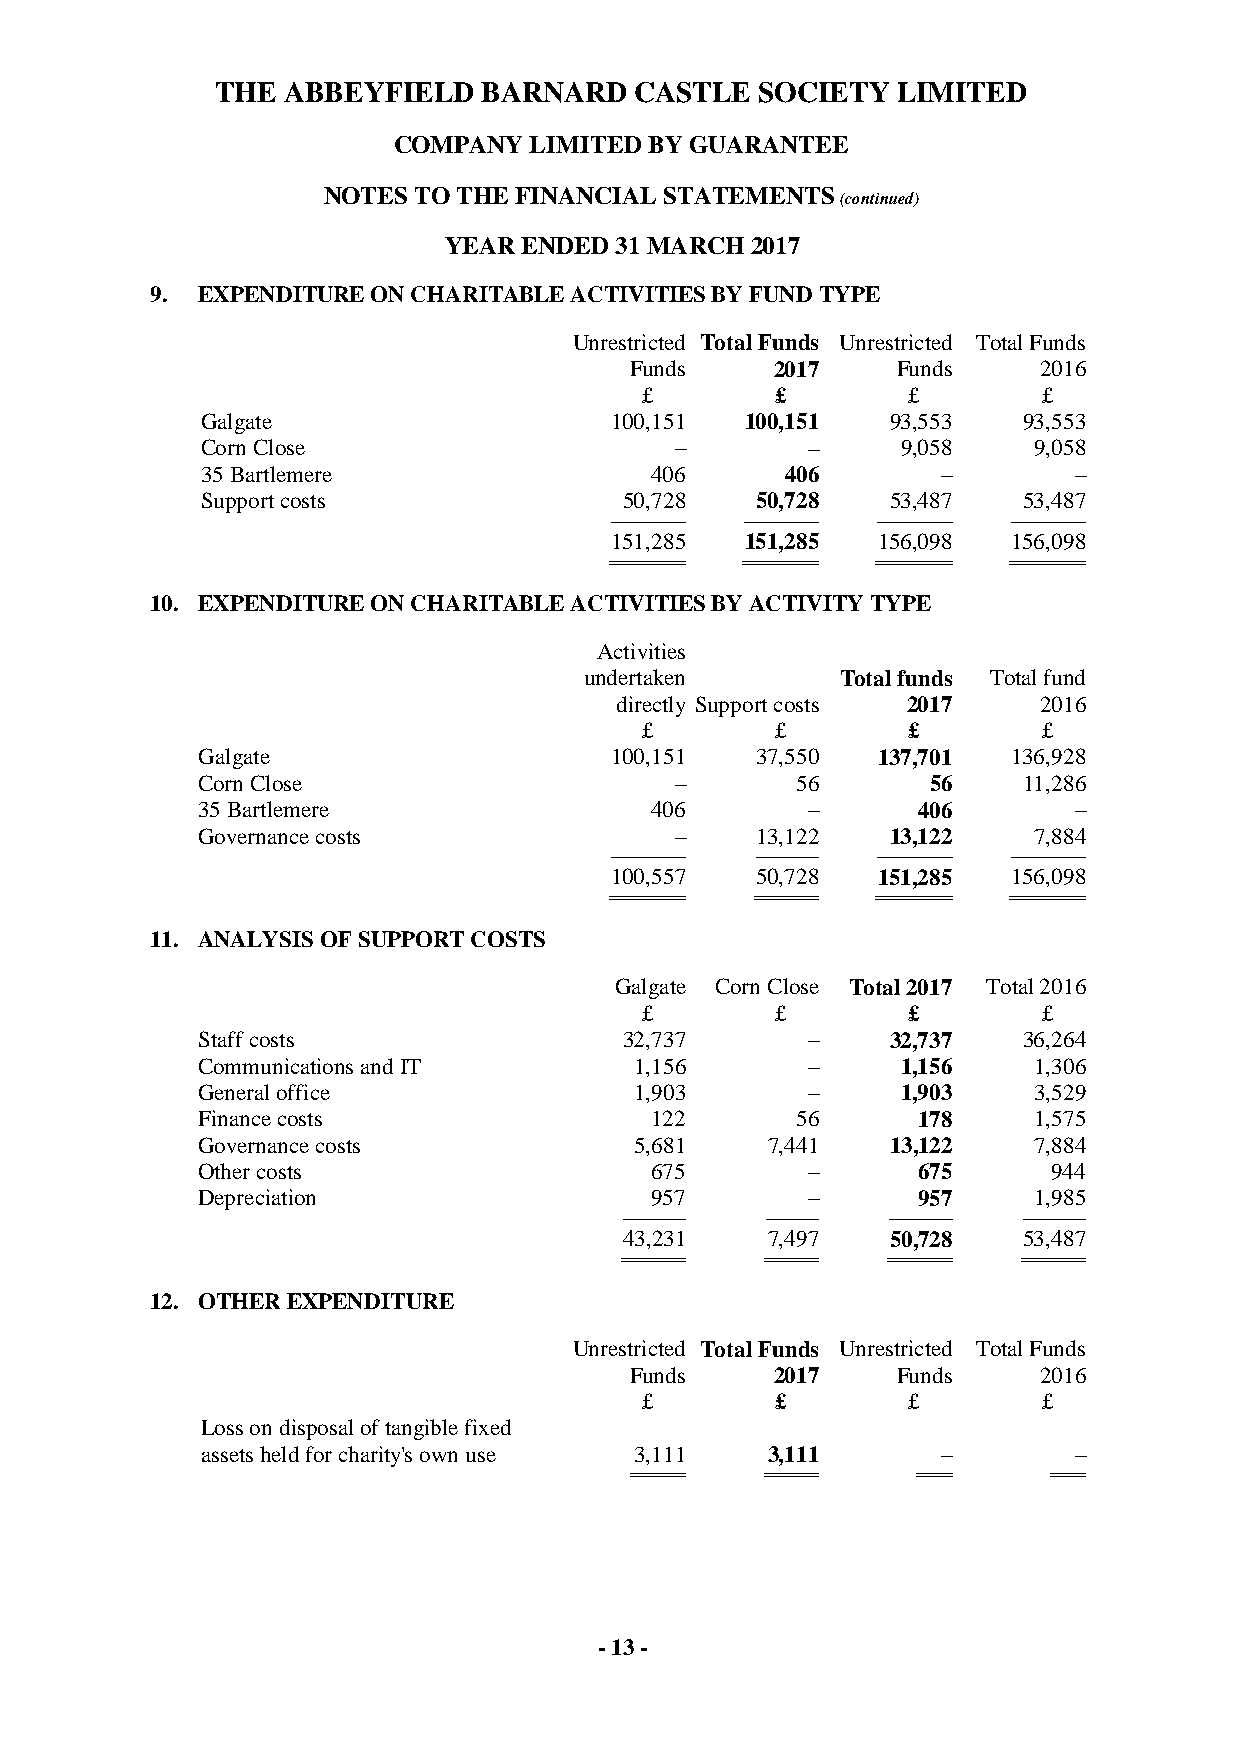
THE  ABBEYFIELD   BARNARD   CASTLE  SOCIETY  LIMITED
 COMPANY  LIMITED BY GUARANTEE
 NOTES TO THE FINANCIAL STATEMENTS
 (continued)
 YEAR  ENDED 31 MARCH 2017
 9. EXPENDITURE ON CHARITABLE ACTIVITIES BY FUND TYPE
 Unrestricted Total Funds Unrestricted Total Funds
 Funds    2017    Funds     2016
 £        £        £        £
 Galgate                    100,151  100,151   93,553   93,553
 Corn Close                      –       –      9,058   9,058
 35 Bartlemere                 406      406       –        –
 Support costs               50,728   50,728   53,487   53,487
 ------------------------------------- ------------------------------------- ------------------------------------- -------------------------------------
 151,285  151,285  156,098  156,098
 ===================================== ===================================== ===================================== =====================================
 10. EXPENDITURE ON CHARITABLE ACTIVITIES BY ACTIVITY TYPE
 Activities
 undertaken       Total funds Total fund
 directly Support costs 2017 2016
 £        £        £        £
 Galgate                    100,151   37,550  137,701  136,928
 Corn Close                      –       56       56    11,286
 35 Bartlemere                 406       –       406       –
 Governance costs                –    13,122   13,122   7,884
 ------------------------------------- ------------------------------- ------------------------------------- -------------------------------------
 100,557   50,728  151,285  156,098
 ===================================== =============================== ===================================== =====================================
 11. ANALYSIS OF SUPPORT COSTS
 Galgate Corn Close Total 2017 Total 2016
 £        £        £        £
 Staff costs                 32,737      –     32,737   36,264
 Communications and IT        1,156      –      1,156   1,306
 General office               1,903      –      1,903   3,529
 Finance costs                 122       56      178    1,575
 Governance costs             5,681    7,441   13,122   7,884
 Other costs                   675       –       675      944
 Depreciation                  957       –       957    1,985
 ------------------------------- -------------------------- ------------------------------- -------------------------------
 43,231    7,497   50,728   53,487
 =============================== ========================== =============================== ===============================
 12. OTHER EXPENDITURE
 Unrestricted Total Funds Unrestricted Total Funds
 Funds    2017    Funds     2016
 £        £        £        £
 Loss on disposal of tangible fixed
 assets held for charity's own use 3,111 3,111    –        –
 ========================== ========================== ================ ================
 - 13 -